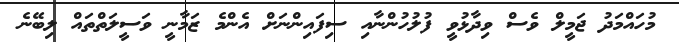
މުހައްމަދު ޖަމީލް ވެސް ވިދާޅުވީ ފުލުހުންނާއި ސިފައިންނަށް އެންމެ ޒަމާނީ ވަސީލަތްތައް ލިބޭނެ